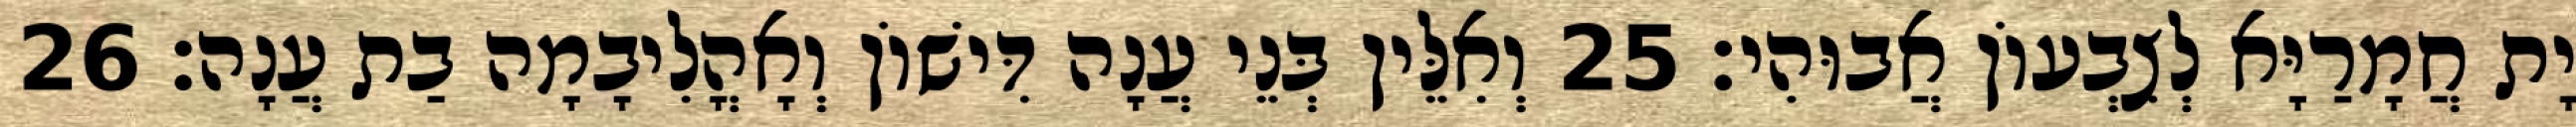
יָת חֲמָרַיָּא לְצִבְעוֹן אֲבוּהִי׃ 25 וְאִלֵּין בְּנֵי עֲנָה דִּישׁוֹן וְאָהֳלִיבָמָה בַת עֲנָה׃ 26